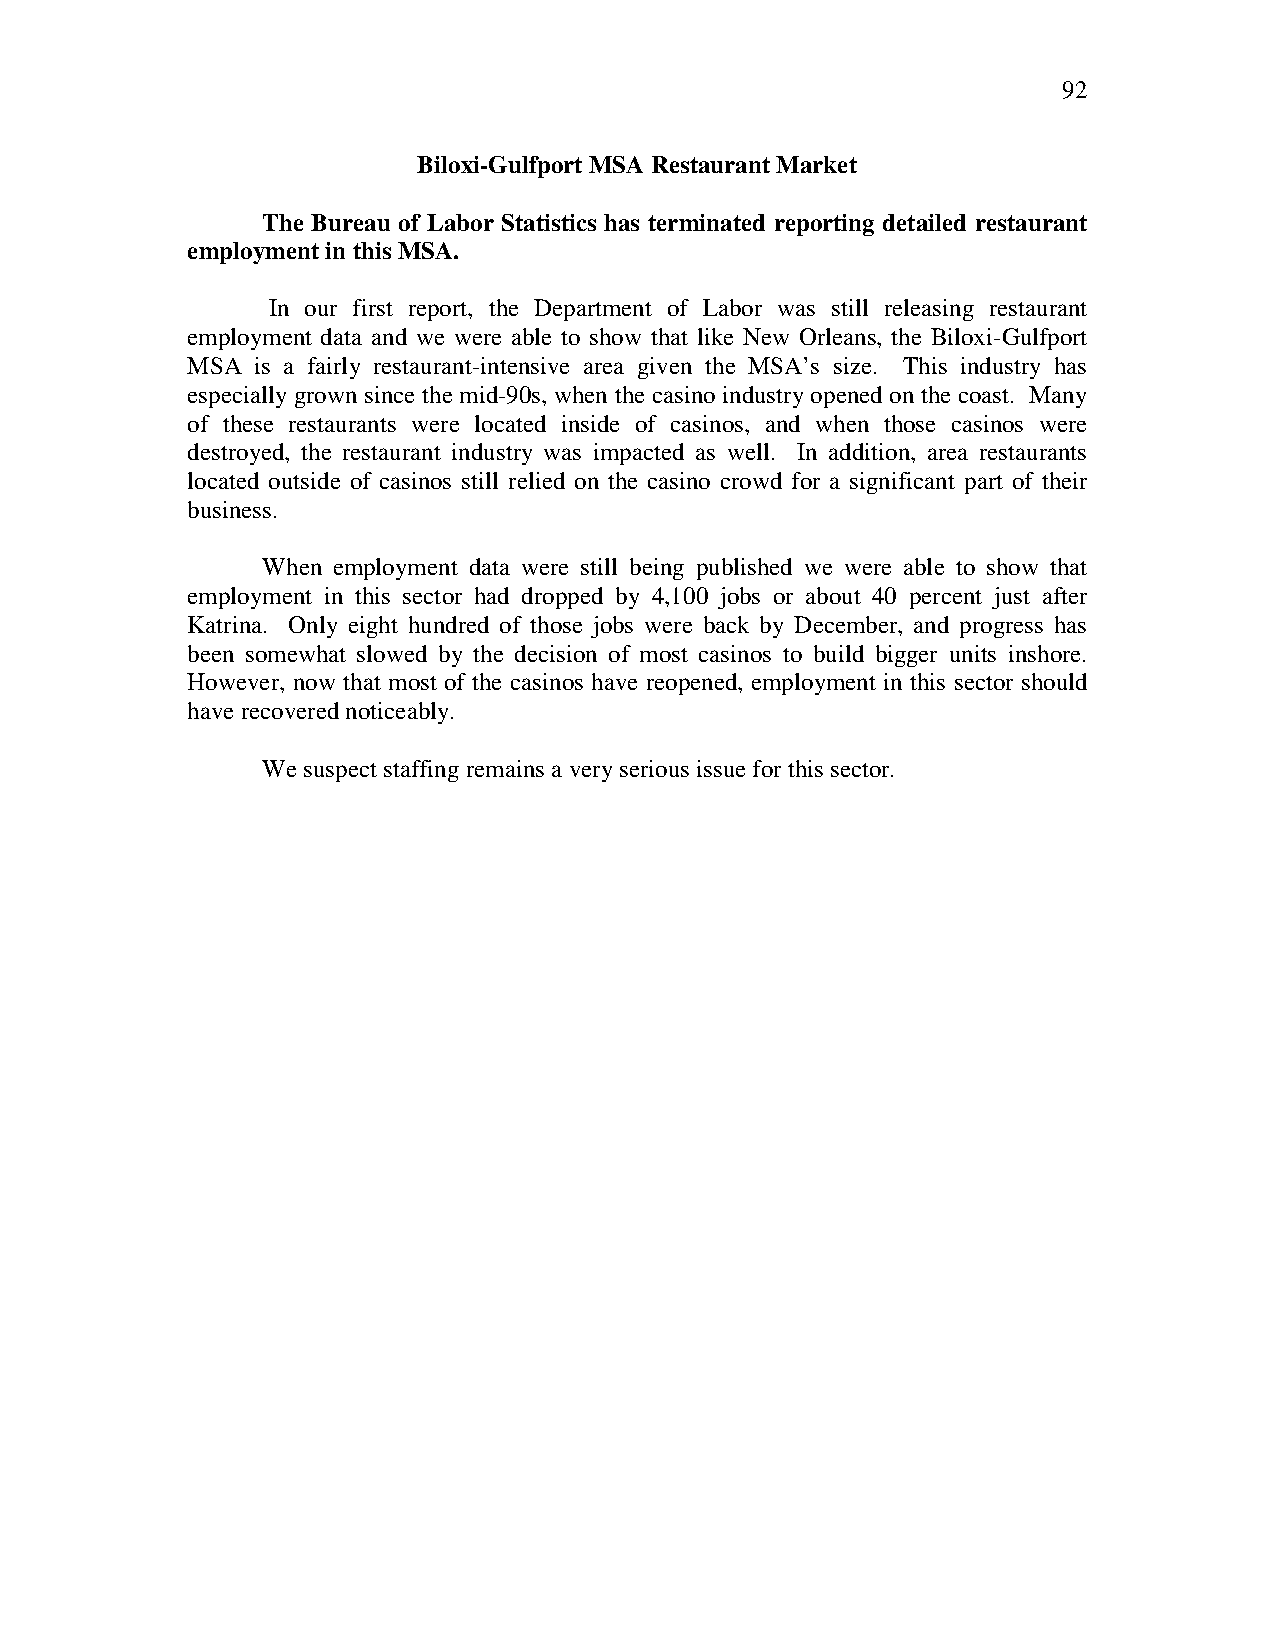
92
 Biloxi-Gulfport MSA Restaurant Market
 The Bureau of Labor Statistics has terminated reporting detailed restaurant
 employment in this MSA.
 In our first report, the Department of Labor was still releasing restaurant
 employment data and we were able to show that like New Orleans, the Biloxi-Gulfport
 MSA  is a fairly restaurant-intensive area given the MSA’s size. This industry has
 especially grown since the mid-90s, when the casino industry opened on the coast. Many
 of these restaurants were located inside of casinos, and when those casinos were
 destroyed, the restaurant industry was impacted as well. In addition, area restaurants
 located outside of casinos still relied on the casino crowd for a significant part of their
 business.
 When employment data were still being published we were able to show that
 employment in this sector had dropped by 4,100 jobs or about 40 percent just after
 Katrina. Only eight hundred of those jobs were back by December, and progress has
 been somewhat slowed by the decision of most casinos to build bigger units inshore.
 However, now that most of the casinos have reopened, employment in this sector should
 have recovered noticeably.
 We suspect staffing remains a very serious issue for this sector.